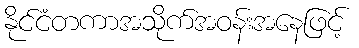
နိုင်ငံတကာအသိုက်အဝန်းအနေဖြင့်